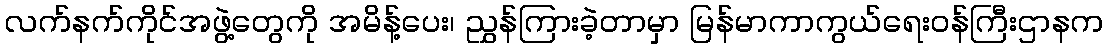
လက်နက်ကိုင်အဖွဲ့တွေကို အမိန့်ပေး၊ ညွှန်ကြားခဲ့တာမှာ မြန်မာကာကွယ်ရေးဝန်ကြီးဌာနက